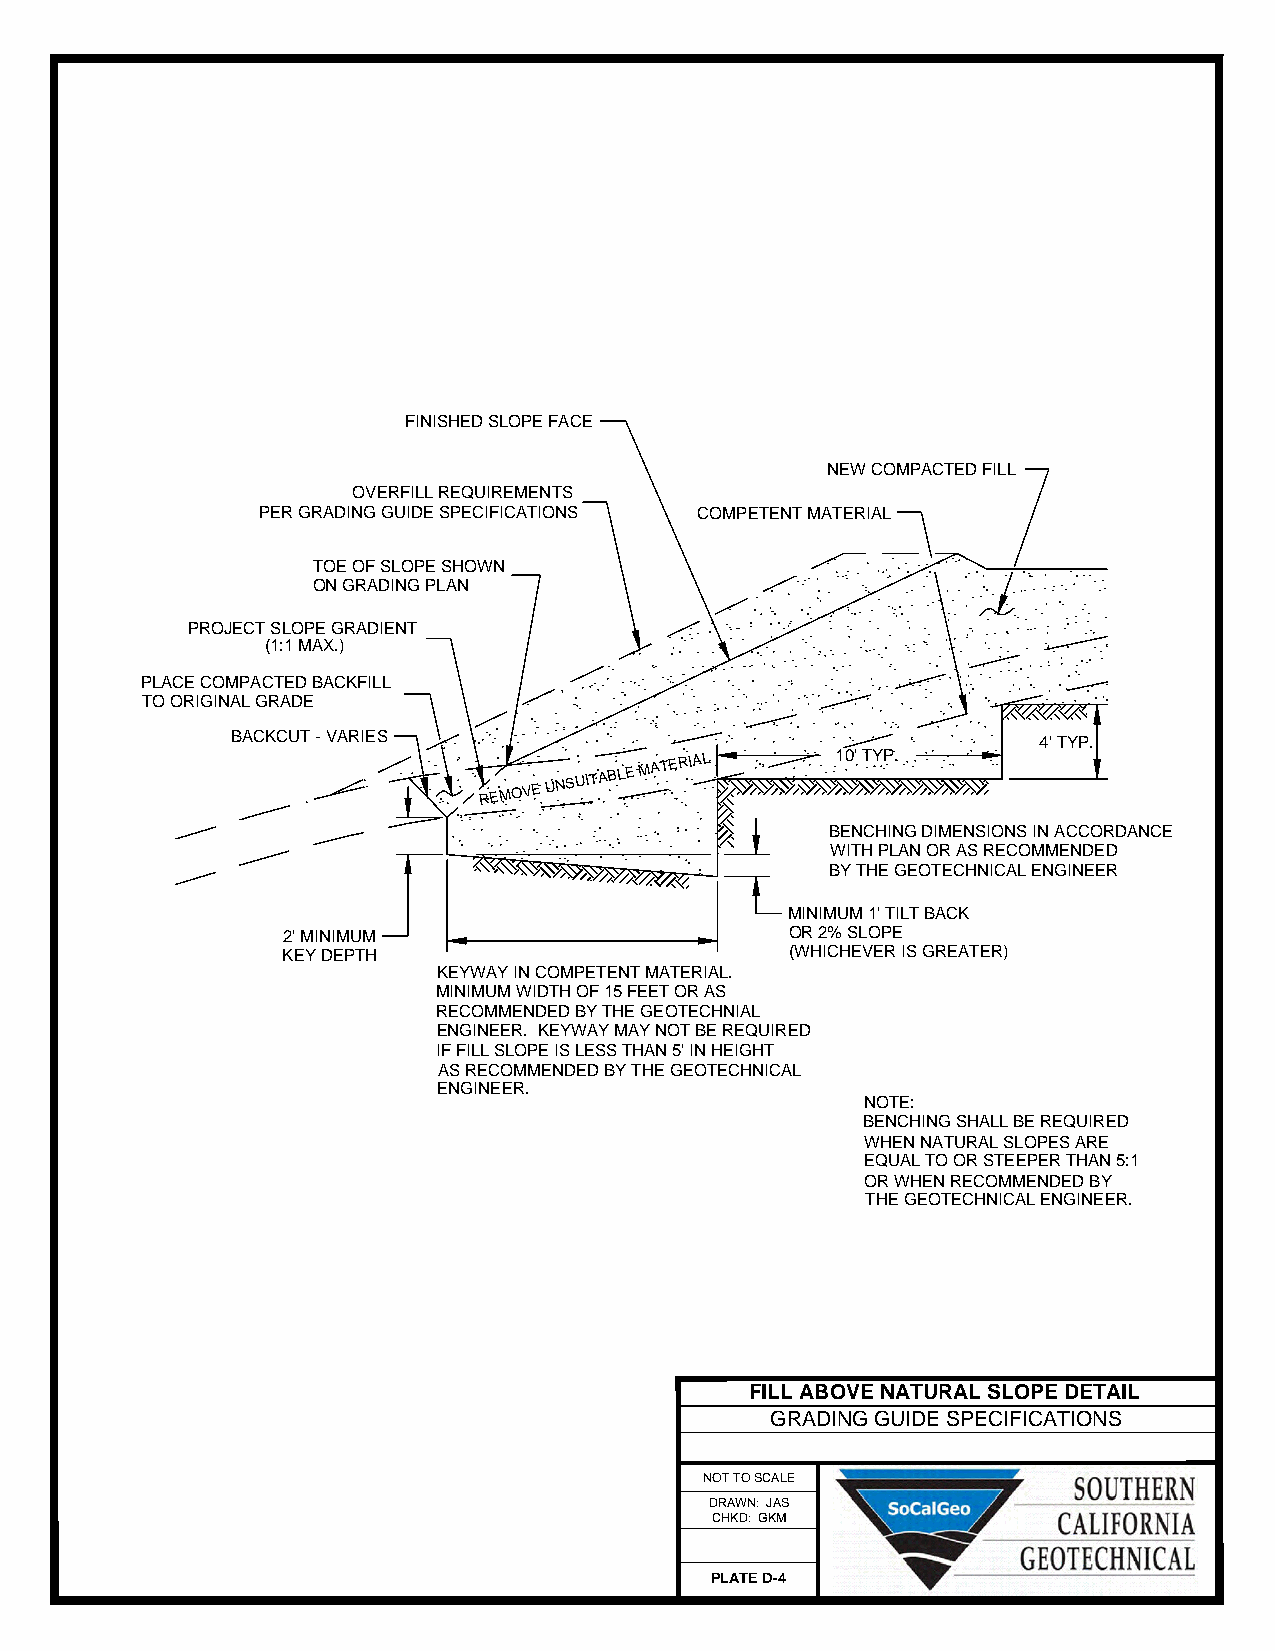
FINISHED SLOPE FACE
 NEW COMPACTED FILL
 OVERFILL REQUIREMENTS
 PER GRADING GUIDE SPECIFICATIONS COMPETENT MATERIAL
 TOE OF SLOPE SHOWN
 ON GRADING PLAN
 PROJECT SLOPE GRADIENT
 (1:1 MAX.)
 PLACE COMPACTED BACKFILL
 TO ORIGINAL GRADE
 BACKCUT - VARIES                                      4' TYP.
 REMOVE
 UNSUITABLE
 MATERIAL     10' TYP.
 BENCHING DIMENSIONS IN ACCORDANCE
 WITH PLAN OR AS RECOMMENDED
 BY THE GEOTECHNICAL ENGINEER
 MINIMUM 1' TILT BACK
 2' MINIMUM                       OR 2% SLOPE
 KEY DEPTH                        (WHICHEVER IS GREATER)
 KEYWAY IN COMPETENT MATERIAL.
 MINIMUM WIDTH OF 15 FEET OR AS
 RECOMMENDED BY THE GEOTECHNIAL
 ENGINEER. KEYWAY MAY NOT BE REQUIRED
 IF FILL SLOPE IS LESS THAN 5' IN HEIGHT
 AS RECOMMENDED BY THE GEOTECHNICAL
 ENGINEER.
 NOTE:
 BENCHING SHALL BE REQUIRED
 WHEN NATURAL SLOPES ARE
 EQUAL TO OR STEEPER THAN 5:1
 OR WHEN RECOMMENDED BY
 THE GEOTECHNICAL ENGINEER.
 FILL ABOVE NATURAL SLOPE DETAIL
 GRADING GUIDE SPECIFICATIONS
 NOT TO SCALE
 DRAWN: JAS
 CHKD: GKM
 PLATE D-4